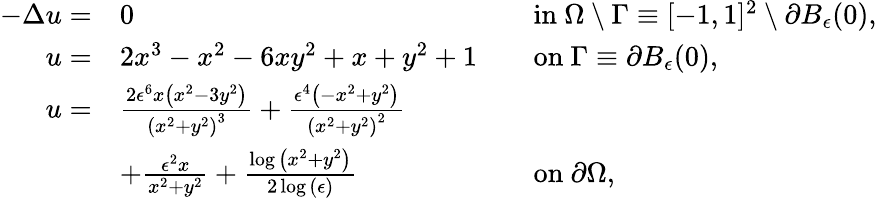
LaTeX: \begin{array}{rlrl}{-\Delta u=}&{0}&&{\mathrm{in}\ \Omega\setminus\Gamma\equiv[-1,1]^{2}\setminus\partial B_{\epsilon}(0),}\\ {u=}&{2x^{3}-x^{2}-6xy^{2}+x+y^{2}+1}&&{\mathrm{on}\ \Gamma\equiv\partial B_{\epsilon}(0),}\\ {u=}&{\frac{2\epsilon^{6}x\left(x^{2}-3y^{2}\right)}{\left(x^{2}+y^{2}\right)^{3}}+\frac{\epsilon^{4}\left(-x^{2}+y^{2}\right)}{\left(x^{2}+y^{2}\right)^{2}}}\\ &{+\frac{\epsilon^{2}x}{x^{2}+y^{2}}+\frac{\log{\left(x^{2}+y^{2}\right)}}{2\log{\left(\epsilon\right)}}}&&{\mathrm{on}\ \partial\Omega,}\end{array}